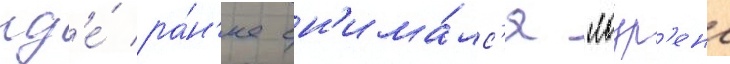
гд'е́ ра́н'ее сн'има́лс'я "лоур'енс